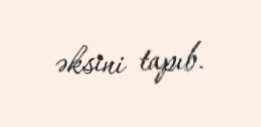
əksini tapıb.